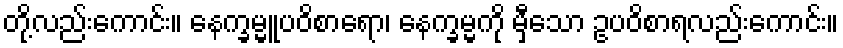
တို့လည်းကောင်း။ နေက္ခမ္မူပဝိစာရော၊ နေက္ခမ္မကို မှီသော ဥပဝိစာရလည်းကောင်း။